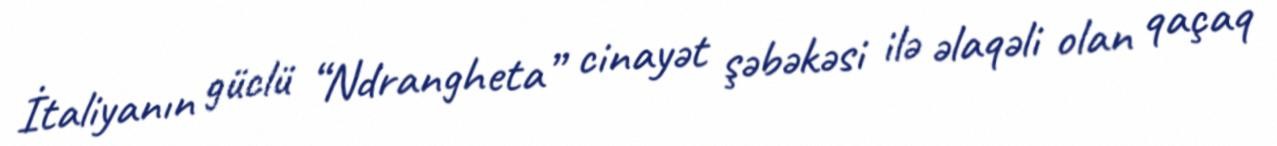
İtaliyanın güclü “Ndrangheta” cinayət şəbəkəsi ilə əlaqəli olan qaçaq